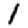
Digit: 1